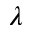
\lambda